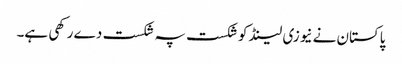
پاکستان نے نیوزی لینڈ کو شکست پہ شکست دے رکھی ہے۔